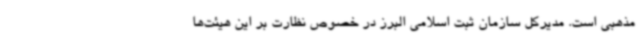
مذهبی است. مدیرکل سازمان ثبت اسلامی البرز در خصوص نظارت بر این هیئت‌ها